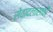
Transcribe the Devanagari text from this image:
सेवादलासाठी